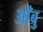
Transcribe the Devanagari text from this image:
आँबु